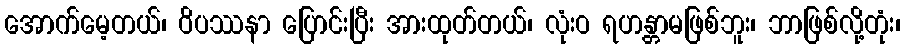
အောက်မေ့တယ်၊ ဝိပဿနာ ပြောင်းပြီး အားထုတ်တယ်၊ လုံးဝ ရဟန္တာမဖြစ်ဘူး၊ ဘာဖြစ်လို့တုံး၊